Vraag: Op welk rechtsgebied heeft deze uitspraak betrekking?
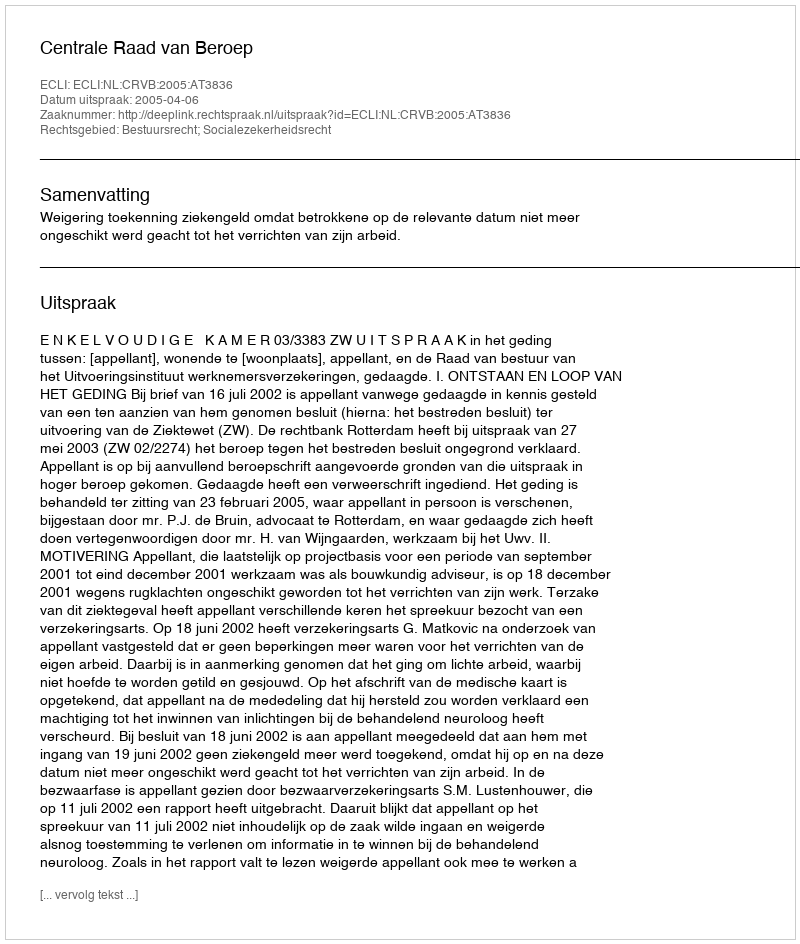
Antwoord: Bestuursrecht; Socialezekerheidsrecht